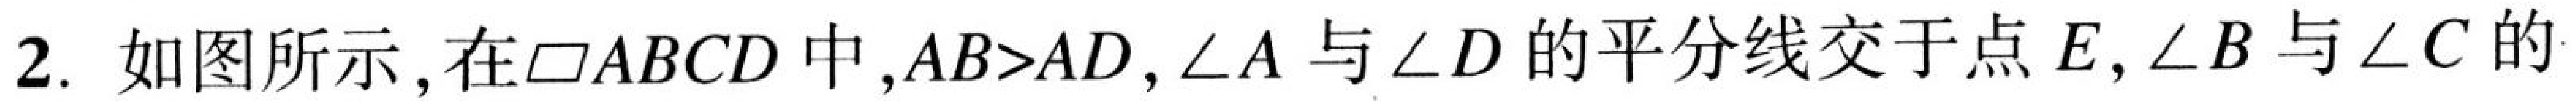
2. 如图所示,在$\square ABCD$中,$AB > AD$,$\angle A$与$\angle D$的平分线交于点$E$,$\angle B$与$\angle C$的